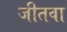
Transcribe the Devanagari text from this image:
जीतवा